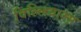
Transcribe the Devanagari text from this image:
विल्लियाम्स